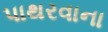
પાથરવાના